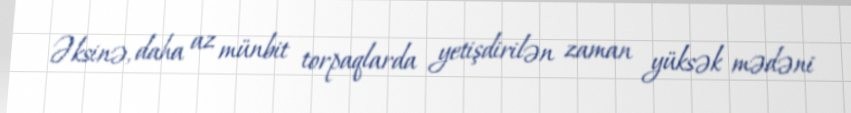
Əksinə, daha az münbit torpaqlarda yetişdirilən zaman yüksək mədəni